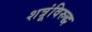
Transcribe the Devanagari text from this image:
शत्रूंविरुद्ध